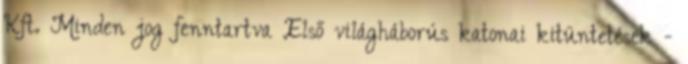
Kft. Minden jog fenntartva Első világháborús katonai kitüntetések -